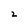
Character: 2